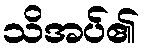
သိအပ်၏